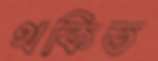
থকিত